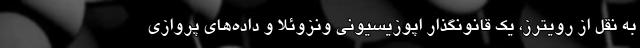
به نقل از رویترز، یک قانونگذار اپوزیسیونی ونزوئلا و داده‌های پروازی